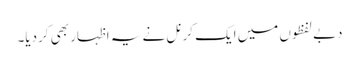
دبے لفظوں میں ایک کرنل نے یہ اظہار بھی کردیا۔